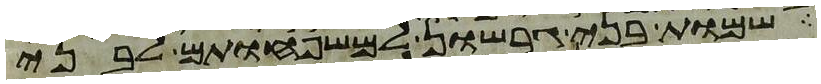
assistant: שמות בני גרשון למשפחותם לבני